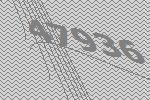
47936